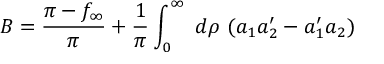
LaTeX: B = \frac { \pi - f _ { \infty } } { \pi } + \frac { 1 } { \pi } \int _ { 0 } ^ { \infty } ~ d \rho ~ ( a _ { 1 } a _ { 2 } ^ { \prime } - a _ { 1 } ^ { \prime } a _ { 2 } )